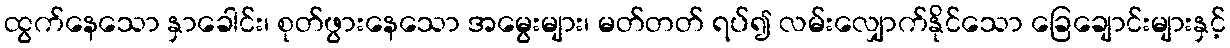
ထွက်နေသော နှာခေါင်း၊ စုတ်ဖွားနေသော အမွေးများ၊ မတ်တတ် ရပ်၍ လမ်းလျှောက်နိုင်သော ခြေချောင်းများနှင့်